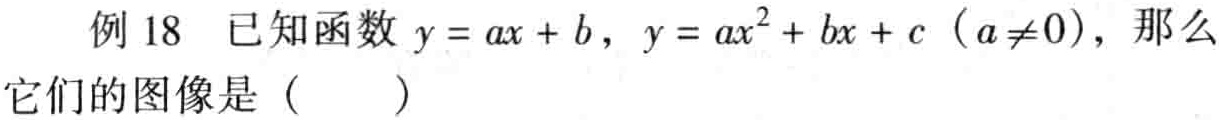
例 18 已知函数 \(y = ax + b\)，\(y = ax^{2}+bx + c\)（\(a\neq0\)），那么它们的图像是（  ）